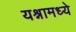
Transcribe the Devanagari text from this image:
यश्नामध्ये